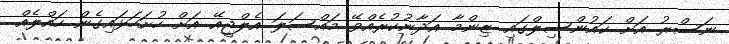
ނަސްރު އަށް ކައުންސިލްގައި ޒިންމާ އަދާނުކުރެއްވޭ މައްސަލަ އެލްޖީއޭ އަށް ހުށަހަޅައިގެން ހައްލެއް